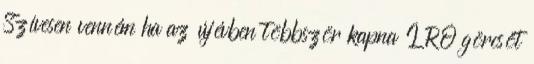
Szívesen venném ha az újévben többször kapna ÍRÓ görcsöt